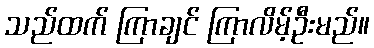
သည်ထက် ကြာချင် ကြာလိမ့်ဦးမည်။